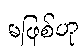
မဖြစ်ဟု